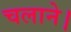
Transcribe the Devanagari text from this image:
चलाने।